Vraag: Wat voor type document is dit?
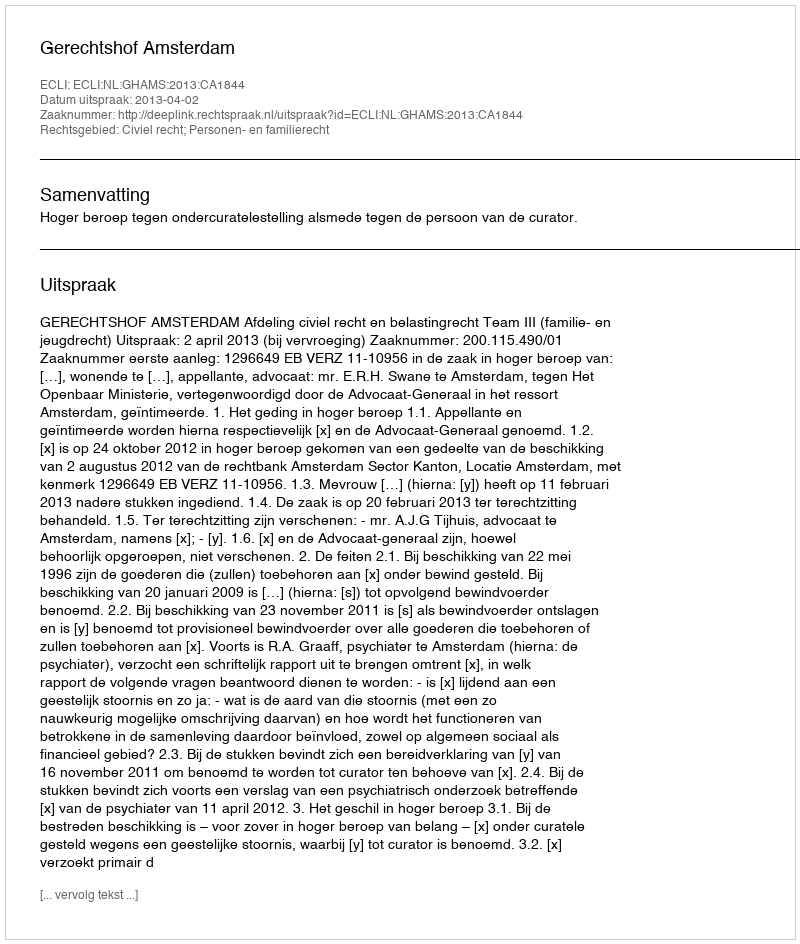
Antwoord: Uitspraak